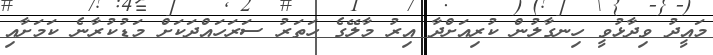
މައީދު ވިދާޅުވީ ހިނގާލުން ކުރިއަށްދާ އިރު މާލޭގެ ހަތަރު ސަރަހައްދަކަށް މަޑުކުރާނެ ކަމަށާއި